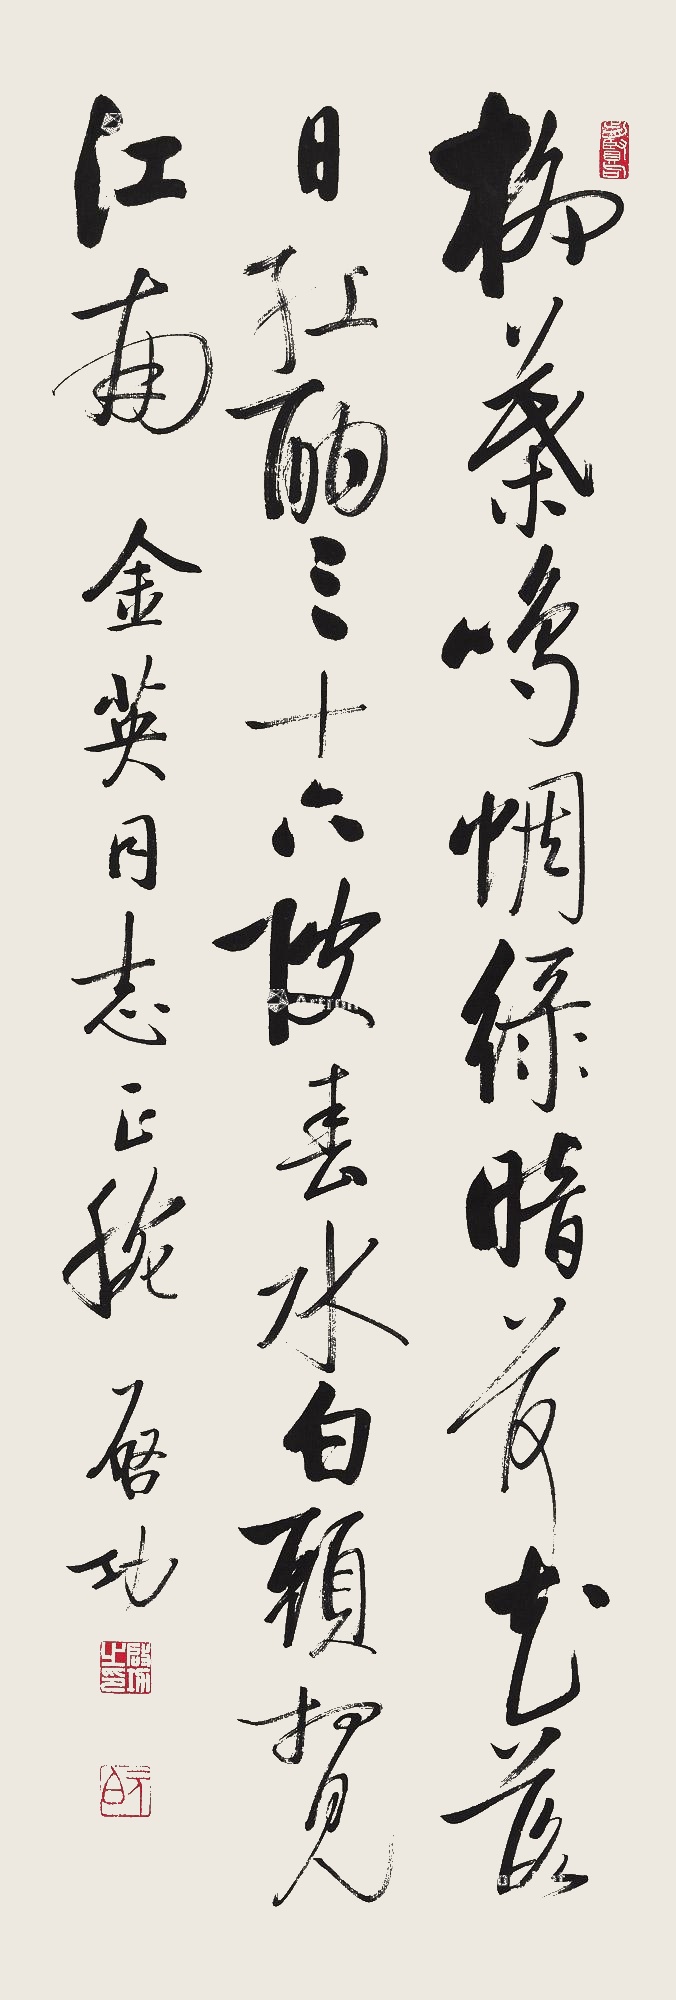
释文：柳叶鸣蜩绿暗，荷花落日红酣。三十六陂春水，白头想见江南。金英同志正腕，启功。